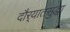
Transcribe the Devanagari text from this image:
दौर्‍यातसुद्धा